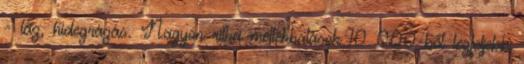
- láz, hidegrázás. Nagyon ritka mellékhatások 10 000-ből legfeljebb